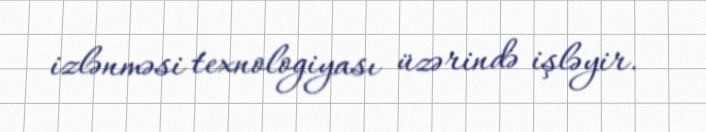
izlənməsi texnologiyası üzərində işləyir.